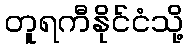
တူရကီနိုင်ငံသို့